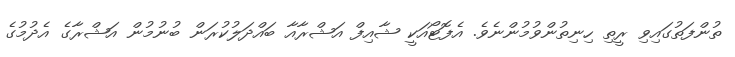
ތުންފަތުގައިވި ރީތި ހިނިތުންވުމުންނެވެ. އެފޮޓޯއަކީ ޝާއިފް އަޝްރާއާ ބައްދަލުކުރަން ބުނުމުން އަޝްރާގެ އެދުމުގެ